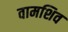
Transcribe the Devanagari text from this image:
वामशिव